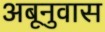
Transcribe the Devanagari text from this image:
अबूनुवास